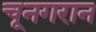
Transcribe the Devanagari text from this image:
चूनगरान